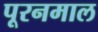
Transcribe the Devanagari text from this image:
पूरनमाल